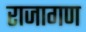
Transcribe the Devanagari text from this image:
राजागण